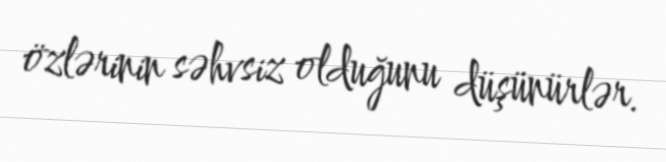
özlərinin səhvsiz olduğunu düşünürlər.